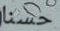
حسنا